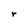
Character: r